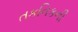
તકનિકની